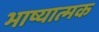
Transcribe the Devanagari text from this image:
भाष्यात्मक